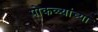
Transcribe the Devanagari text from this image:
पोकळ्यांच्या